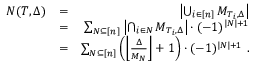
\begin{array} { r l r } { N ( T , \Delta ) } & { = } & { \left| \bigcup _ { i \in [ n ] } { \cal M } _ { T _ { i } , \Delta } \right| } \\ & { = } & { \sum _ { { \cal N } \subseteq [ n ] } \left| \bigcap _ { i \in { \cal N } } { \cal M } _ { T _ { i } , \Delta } \right| \cdot ( - 1 ) ^ { | { \cal N } | + 1 } } \\ & { = } & { \sum _ { { \cal N } \subseteq [ n ] } \left( \left\lfloor \frac { \Delta } { M _ { \cal N } } \right\rfloor + 1 \right) \cdot ( - 1 ) ^ { | { \cal N } | + 1 } \ . } \end{array}